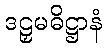
ဒဠှမဓိဋ္ဌာနံ